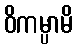
ဝိကမ္ပာမိ